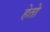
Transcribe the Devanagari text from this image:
हेतो